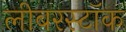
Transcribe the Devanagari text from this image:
लीबरस्टॉक